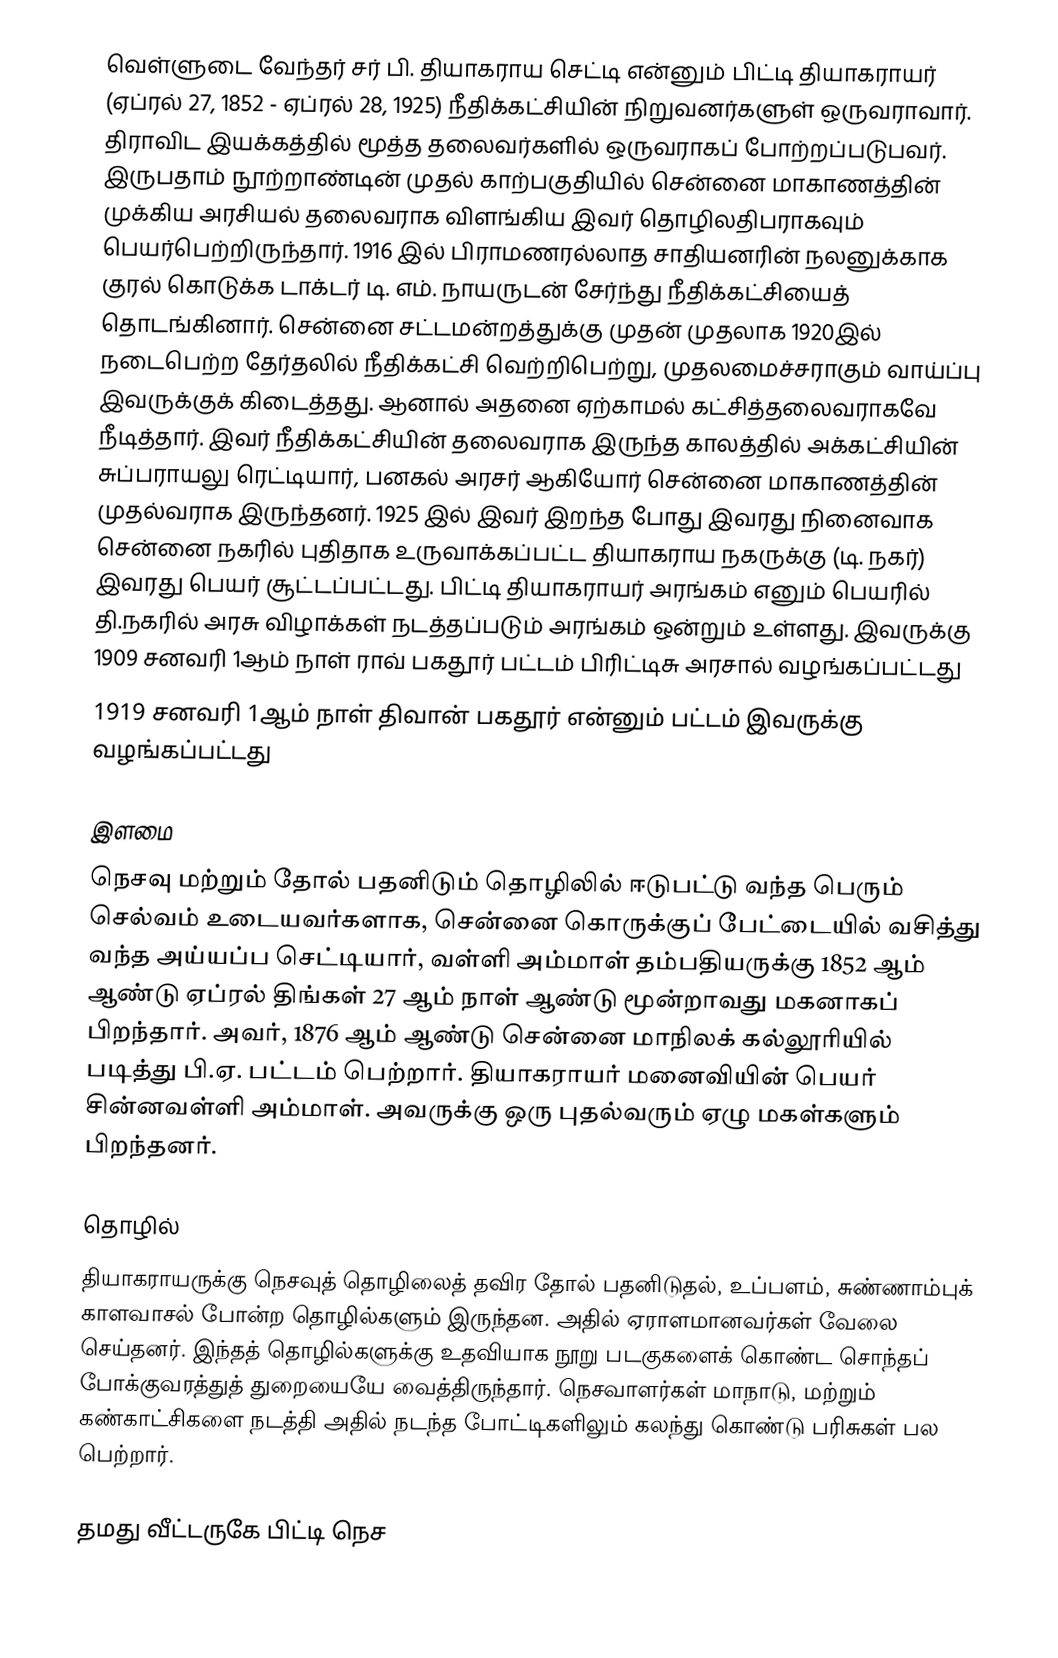
வெள்ளுடை வேந்தர் சர் பி. தியாகராய செட்டி என்னும் பிட்டி தியாகராயர் (ஏப்ரல் 27, 1852 - ஏப்ரல் 28, 1925) நீதிக்கட்சியின் நிறுவனர்களுள் ஒருவராவார். திராவிட இயக்கத்தில் மூத்த தலைவர்களில் ஒருவராகப் போற்றப்படுபவர். இருபதாம் நூற்றாண்டின் முதல் காற்பகுதியில் சென்னை மாகாணத்தின் முக்கிய அரசியல் தலைவராக விளங்கிய இவர் தொழிலதிபராகவும் பெயர்பெற்றிருந்தார். 1916 இல் பிராமணரல்லாத சாதியனரின் நலனுக்காக குரல் கொடுக்க டாக்டர் டி. எம். நாயருடன் சேர்ந்து நீதிக்கட்சியைத் தொடங்கினார். சென்னை சட்டமன்றத்துக்கு முதன் முதலாக  1920இல் நடைபெற்ற தேர்தலில் நீதிக்கட்சி வெற்றிபெற்று, முதலமைச்சராகும் வாய்ப்பு இவருக்குக் கிடைத்தது. ஆனால் அதனை ஏற்காமல் கட்சித்தலைவராகவே நீடித்தார். இவர் நீதிக்கட்சியின் தலைவராக இருந்த காலத்தில் அக்கட்சியின் சுப்பராயலு ரெட்டியார், பனகல் அரசர் ஆகியோர் சென்னை மாகாணத்தின் முதல்வராக இருந்தனர். 1925 இல் இவர் இறந்த போது இவரது நினைவாக சென்னை நகரில் புதிதாக உருவாக்கப்பட்ட தியாகராய நகருக்கு (டி. நகர்) இவரது பெயர் சூட்டப்பட்டது. பிட்டி தியாகராயர் அரங்கம் எனும் பெயரில் தி.நகரில் அரசு விழாக்கள் நடத்தப்படும் அரங்கம் ஒன்றும் உள்ளது. இவருக்கு 1909 சனவரி 1ஆம் நாள்  ராவ் பகதூர் பட்டம் பிரிட்டிசு அரசால் வழங்கப்பட்டது
1919 சனவரி 1ஆம் நாள் திவான் பகதூர் என்னும் பட்டம் இவருக்கு வழங்கப்பட்டது

இளமை
நெசவு மற்றும் தோல் பதனிடும் தொழிலில் ஈடுபட்டு வந்த பெரும் செல்வம் உடையவர்களாக, சென்னை கொருக்குப் பேட்டையில் வசித்து வந்த அய்யப்ப செட்டியார், வள்ளி அம்மாள் தம்பதியருக்கு 1852 ஆம் ஆண்டு ஏப்ரல் திங்கள் 27 ஆம் நாள் ஆண்டு மூன்றாவது மகனாகப் பிறந்தார். அவர், 1876 ஆம் ஆண்டு சென்னை மாநிலக் கல்லூரியில் படித்து பி.ஏ. பட்டம் பெற்றார். தியாகராயர் மனைவியின் பெயர் சின்னவள்ளி அம்மாள். அவருக்கு ஒரு புதல்வரும் ஏழு மகள்களும் பிறந்தனர்.

தொழில்
தியாகராயருக்கு நெசவுத் தொழிலைத் தவிர தோல் பதனிடுதல், உப்பளம், சுண்ணாம்புக் காளவாசல் போன்ற தொழில்களும் இருந்தன. அதில் ஏராளமானவர்கள் வேலை செய்தனர்.  இந்தத் தொழில்களுக்கு உதவியாக நூறு படகுகளைக் கொண்ட சொந்தப் போக்குவரத்துத் துறையையே வைத்திருந்தார். நெசவாளர்கள் மாநாடு, மற்றும் கண்காட்சிகளை நடத்தி அதில் நடந்த போட்டிகளிலும் கலந்து கொண்டு பரிசுகள் பல பெற்றார்.

தமது வீட்டருகே பிட்டி நெச